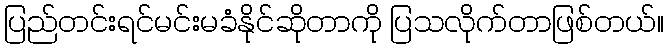
ပြည်တင်းရင်မင်းမခံနိုင်ဆိုတာကို ပြသလိုက်တာဖြစ်တယ်။